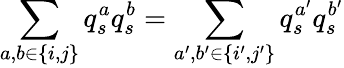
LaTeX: \sum_{a,b\in\{ i,j\} }q_{s}^{a}q_{s}^{b}=\sum_{a^{\prime},b^{\prime}\in\{ i^{\prime},j^{\prime}\} }q_{s}^{a^{\prime}}q_{s}^{b^{\prime}}